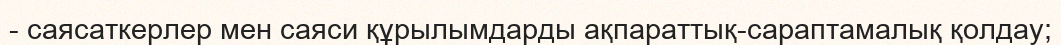
- саясаткерлер мен саяси құрылымдарды ақпараттық-сараптамалық қолдау;